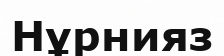
Нұрнияз